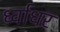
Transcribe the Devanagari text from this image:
र्ध्वाधर